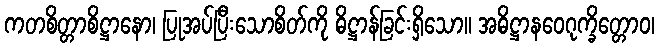
ကတစိတ္တာစိဋ္ဌာနော၊ ပြုအပ်ပြီးသောစိတ်ကို ဓိဋ္ဌာန်ခြင်းရှိသော။ အဓိဋ္ဌာနဝေဂုက္ခိတ္တောဝ၊